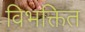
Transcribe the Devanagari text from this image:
विभक्तित